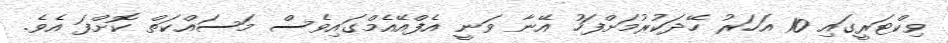
ވިކްޓަރީގައި 10 އަހަރު ހޭދަކުރުމަށްފަހު އޭނާ ވަނީ އެފްއޭއެމްގައިވެސް މަސައްކަތް ކޮށްފަ އެވެ.